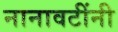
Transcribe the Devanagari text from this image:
नानावटींनी